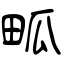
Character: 畖